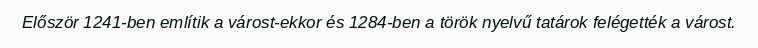
Először 1241-ben említik a várost-ekkor és 1284-ben a török nyelvű tatárok felégették a várost.